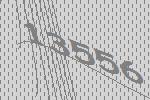
13556